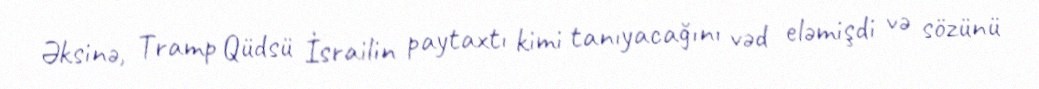
Əksinə, Tramp Qüdsü İsrailin paytaxtı kimi tanıyacağını vəd eləmişdi və sözünü